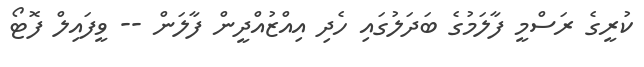
ކުރީގެ ރަސްމީ ފާލަމުގެ ބަދަލުގައި ހެދި އިއްޒުއްދީން ފާލަން -- ވީފައިލް ފޮޓޯ